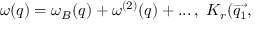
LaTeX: \omega ( q ) = \omega _ { B } ( q ) + \omega ^ { ( 2 ) } ( q ) + . . . \, , \, \, K _ { r } ( \overrightarrow { q _ { 1 } } ,